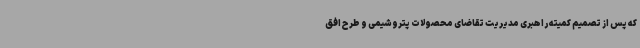
که پس از تصمیم کمیته راهبری مدیریت تقاضای محصولات پتروشیمی و طرح افق